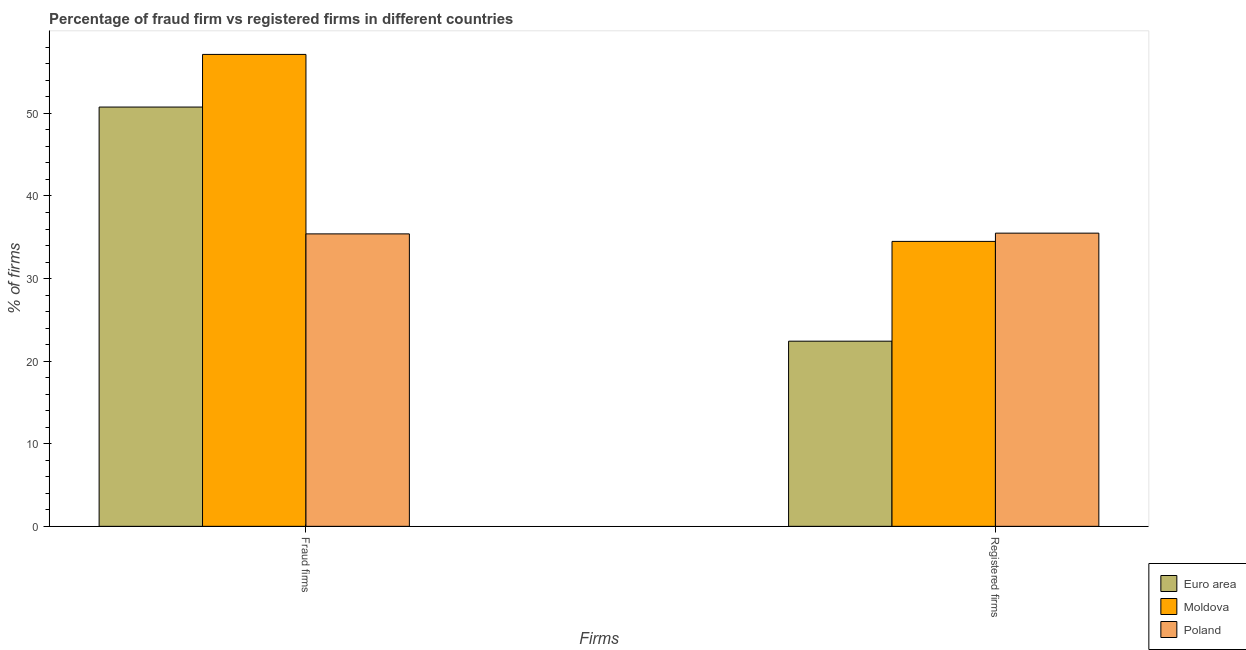
| Firms | Euro area | Moldova | Poland |
 | --- | --- | --- | --- |
 | Fraud firms | 50.8 | 57.1 | 35.4 |
 | Registered firms | 22.4 | 34.5 | 35.5 |